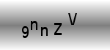
Text: 9nnZV